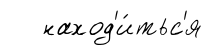
наход'и́тьс'я